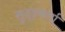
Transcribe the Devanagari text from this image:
सुदृढ़कर्ता